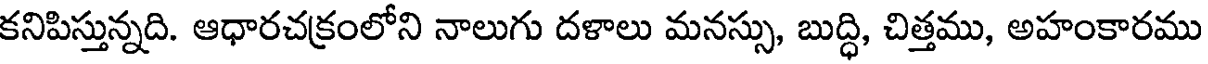
కనిపిస్తున్నది. ఆధారచక్రంలోని నాలుగు దళాలు మనస్సు, బుద్ధి, చిత్తము, అహంకారము